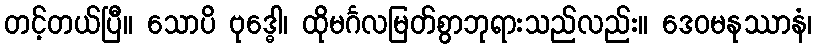
တင့်တယ်ပြီ။ သောပိ ဗုဒ္ဓေါ၊ ထိုမင်္ဂလမြတ်စွာဘုရားသည်လည်း။ ဒေဝမနုဿာနံ၊